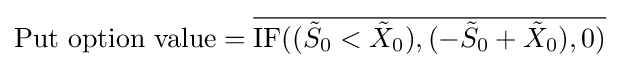
{\text{Put option value}}={\overline {{\text{IF}}(({\tilde {S}}_{0}<{\tilde {X}}_{0}),(-{\tilde {S}}_{0}+{\tilde {X}}_{0}),0)}}